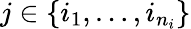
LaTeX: j\in\{ i_{1},\dots,i_{n_{i}}\}